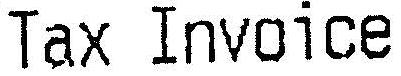
TAX INVOICE